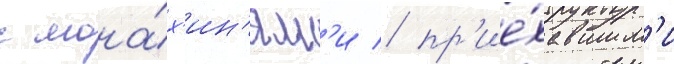
с мона́х'ин'ям'и / пр'ие́хавшим'и